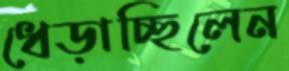
ধেড়াচ্ছিলেন